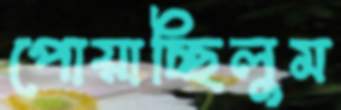
পোয়াচ্ছিলুম